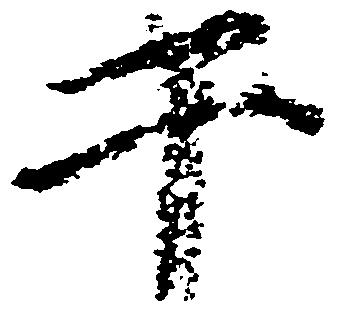
于